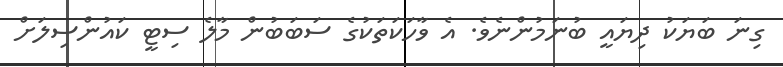
ގިނަ ބަޔަކު ދިޔައީ ބުނަމުންނެވެ. އެ ވާހަކަތަކުގެ ސަބަބުން މާލެ ސިޓީ ކައުންސިލަށް